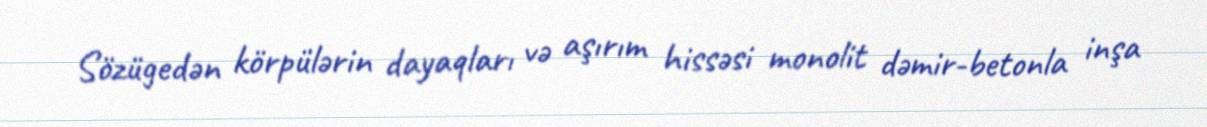
Sözügedən körpülərin dayaqları və aşırım hissəsi monolit dəmir-betonla inşa